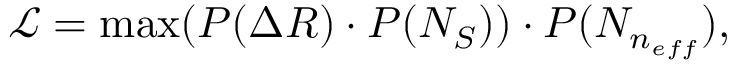
\begin{array} { r } { \mathcal { L } = \operatorname* { m a x } ( P ( \Delta R ) \cdot P ( N _ { S } ) ) \cdot P ( N _ { n _ { e f f } } ) , } \end{array}